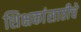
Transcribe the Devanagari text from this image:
शिक्षकांसाठीचे